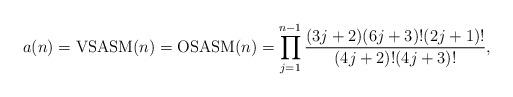
LaTeX: \begin{gather*}a(n)={\rm VSASM}(n)={\rm OSASM}(n)= \prod_{j=1}^{n-1} { (3j+2)(6j+3)! (2j+1)! \over (4j+2)! (4j+3)!},\end{gather*}